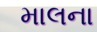
માલના